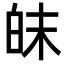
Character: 皌